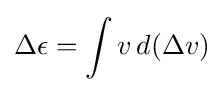
\Delta \epsilon =\int v\,d(\Delta v)